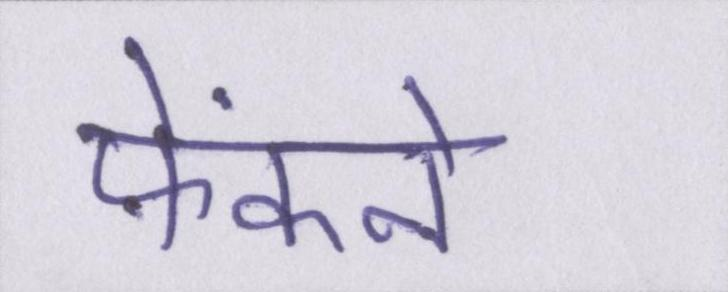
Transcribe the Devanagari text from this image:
फेंकने